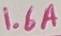
Text: 1.6A